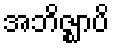
အဘိဇ္ဈာပိ